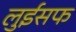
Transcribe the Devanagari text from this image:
लुईसफ